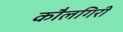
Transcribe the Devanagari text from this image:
कौलगिरी